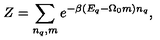
Z = \sum _ { n _ { q } , m } e ^ { - \beta ( E _ { q } - \Omega _ { 0 } m ) n _ { q } } ,